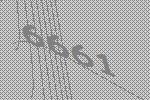
6661